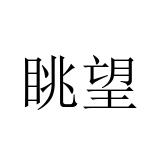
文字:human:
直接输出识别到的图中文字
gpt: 眺望